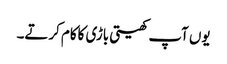
یوں آپ کھیتی باڑی کاکام کرتے۔